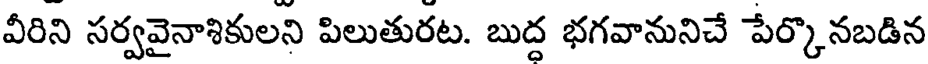
వీరిని సర్వవైనాశికులని పిలుతురట. బుద్ద భగవానునిచే పేర్కొనబడిన